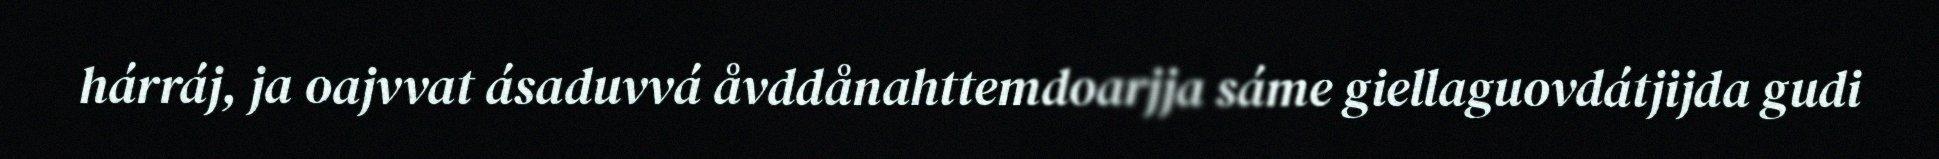
hárráj, ja oajvvat ásaduvvá åvddånahttemdoarjja sáme giellaguovdátjijda gudi